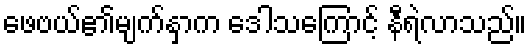
ဖေဗယ်၏မျက်နှာက ဒေါသကြောင့် နီရဲလာသည်။